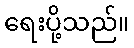
ရေးပို့သည်။